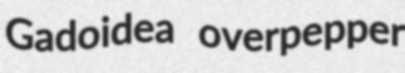
Gadoidea overpepper